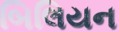
બિલિયન